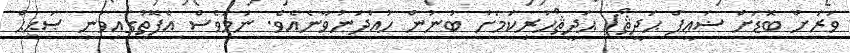
ވަރަށް ބޮޑަށް ޟަޢީފް ޙަދީޘް) ޙަދީޘްހުރިކަމަށް ބުނުން ހުއްދަނުވާނެއެވެ. ނަމަވެސް އެފޮތުގައިވަނީ ޞަޙީޙް